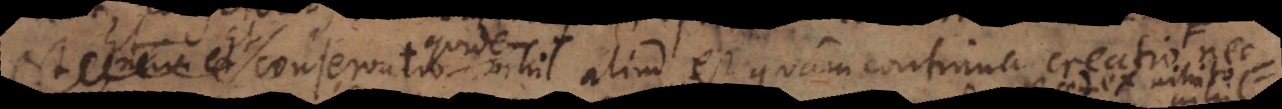
est, nam Et conservatio nihil aliud est quam continuata creatio, cu